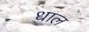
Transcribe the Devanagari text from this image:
धाल